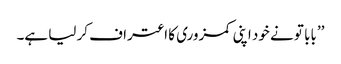
’’بابا تو نے خود اپنی کمزوری کا اعتراف کر لیا ہے۔